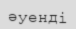
әуенді